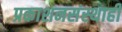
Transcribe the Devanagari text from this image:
प्रकाशनसंस्थाही